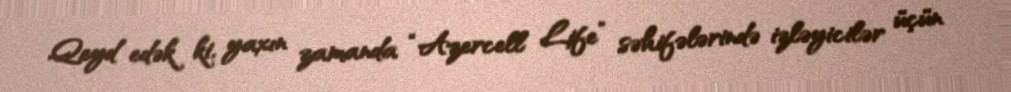
Qeyd edək ki, yaxın zamanda “Azercell Life” səhifələrində izləyicilər üçün